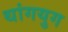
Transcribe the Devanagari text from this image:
थांगयुग